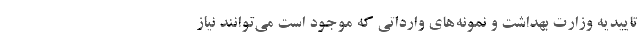
تاییدیه وزارت بهداشت و نمونه‌های وارداتی که موجود است می‌توانند نیاز